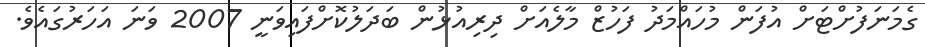
ގެމަނަފުށްޓަށް އުފަން މުހައްމަދު ފަހުޒް މާލެއަށް ދިރިއުޅުން ބަދަލުކޮށްފައިވަނީ 2007 ވަނަ އަހަރުގައެވެ.